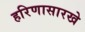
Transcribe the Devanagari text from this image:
हरिणासारखे